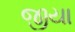
જીયા